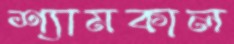
শ্যামকাল